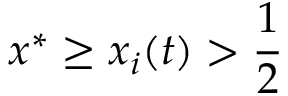
x ^ { * } \geq x _ { i } ( t ) > \frac { 1 } { 2 }